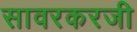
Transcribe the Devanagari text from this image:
सावरकरजी